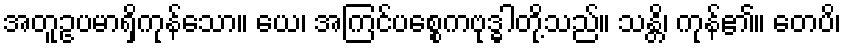
အတူဥပမာရှိကုန်သော။ ယေ၊ အကြင်ပစ္စေကဗုဒ္ဓါတို့သည်။ သန္တိ၊ ကုန်၏။ တေပိ၊